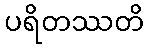
ပရိတဿတိ